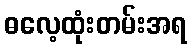
ဓလေ့ထုံးတမ်းအရ